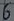
Text: 6